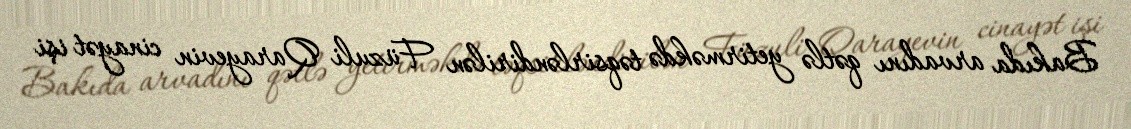
Bakıda arvadını qətlə yetirməkdə təqsirləndirilən Füzuli Qarayevin cinayət işi